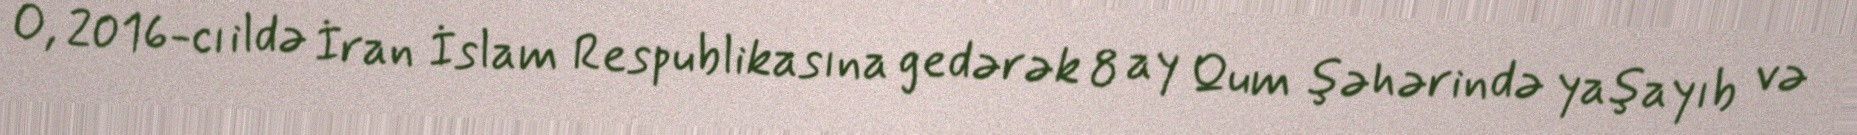
O, 2016-cı ildə İran İslam Respublikasına gedərək 8 ay Qum şəhərində yaşayıb və